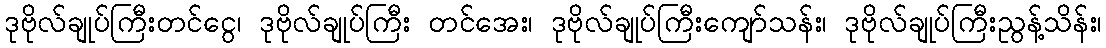
ဒုဗိုလ်ချုပ်ကြီးတင်ငွေ၊ ဒုဗိုလ်ချုပ်ကြီး တင်အေး၊ ဒုဗိုလ်ချုပ်ကြီးကျော်သန်း၊ ဒုဗိုလ်ချုပ်ကြီးညွန့်သိန်း၊